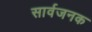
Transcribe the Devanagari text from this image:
सार्वजनक